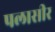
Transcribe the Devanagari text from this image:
पलासीर